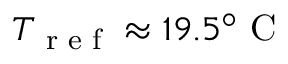
T _ { \textrm { r e f } } \approx 1 9 . 5 ^ { \circ } \textrm { C }